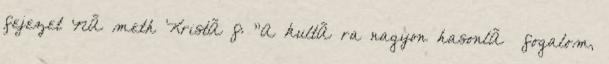
fejezet NÃ meth KristÃ³f: "A kultÃºra nagyon hasonlÃ³ fogalom,